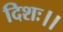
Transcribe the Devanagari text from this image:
दिशः।।